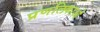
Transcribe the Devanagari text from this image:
प्रणलिकाओं